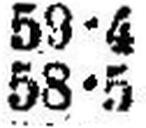
58•5